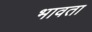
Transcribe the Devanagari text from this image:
भावता